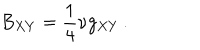
B _ { X Y } = \frac 1 4 \nu g _ { X Y } \, .